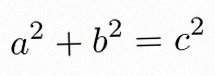
a^2+b^2=c^2